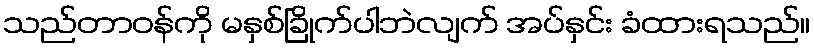
သည်တာဝန်ကို မနှစ်ခြိုက်ပါဘဲလျက် အပ်နှင်း ခံထားရသည်။